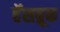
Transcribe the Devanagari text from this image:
हॅसब्रूक